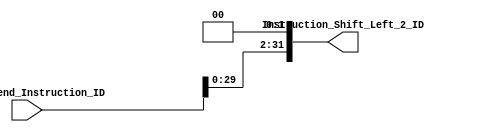
// Comments and desciption of modules have been deliberately ommitted.
// It is up to the student to document and describe the system.

module ID_Shift_Left_2(
		       input [31:0] Sign_Extend_Instruction_ID,
		       output[31:0] Instruction_Shift_Left_2_ID
		       );

	assign    Instruction_Shift_Left_2_ID = Sign_Extend_Instruction_ID << 2;

endmodule // EX_Shift_Left_2